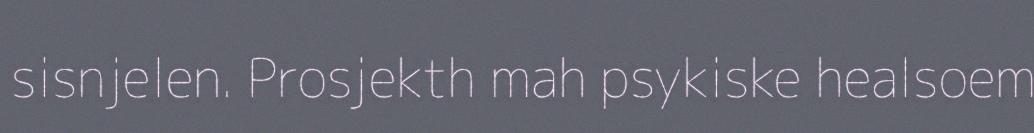
sisnjelen. Prosjekth mah psykiske healsoem